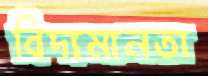
বিদ্যমানতা